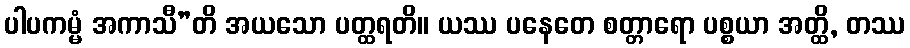
ပါပကမ္မံ အကာသီ”တိ အယသော ပတ္ထရတိ။ ယဿ ပနေတေ စတ္တာရော ပစ္စယာ အတ္ထိ, တဿ